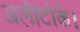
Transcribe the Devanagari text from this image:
अलीटोर्क।